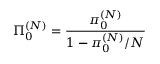
\Pi _ { 0 } ^ { ( N ) } = \frac { \pi _ { 0 } ^ { ( N ) } } { 1 - \pi _ { 0 } ^ { ( N ) } / N }